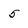
Character: 5